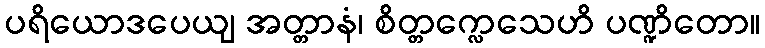
ပရိယောဒပေယျ အတ္တာနံ၊ စိတ္တက္လေသေဟိ ပဏ္ဍိတော။